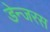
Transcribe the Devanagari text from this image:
डेन्जरस